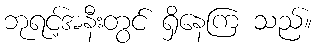
ဘုရင့်အနီးတွင် ရှိနေကြ သည်။